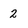
Character: 2